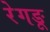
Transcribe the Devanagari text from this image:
रेगङू